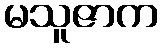
မသူဇာက